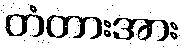
တံတားအား